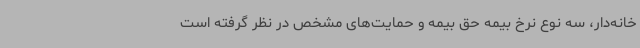
خانه‌دار، سه نوع نرخ بیمه حق بیمه و حمایت‌های مشخص در نظر گرفته است